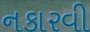
નકારવી